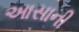
આસાની